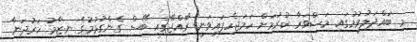
މި ބައްދަލުވުމުގައި މަޝްވަރާ ކުރުމަށް ހަމަޖެހިފައިވަނީ ރާއްޖޭގައި ބޭސް ގެންގުޅުމުގެ ނިޒާމު ހަރުދަނާ